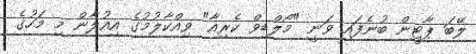
ލޭބަ ޕާޓީން ބުނެފައި ވަނީ "މޯލްޑިވް ކެރިއާ" ވިއްކާލުމުގެ އިއުލާން މި މަހުގެ